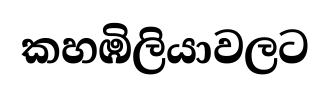
කහඹිලියාවලට